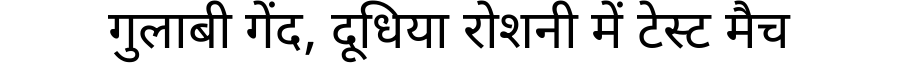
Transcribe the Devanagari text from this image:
गुलाबी गेंद, दूधिया रोशनी में टेस्ट मैच